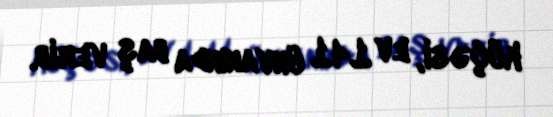
küçəsi, ev 141 ünvanında baş verib.